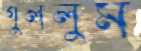
গুললুম